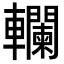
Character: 𨏭